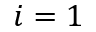
i = 1